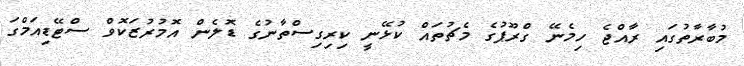
މުބާރާތުގައި ރާއްޖެ ހިމެނޭ ގްރޫޕުގެ މެޗުތައް ކުޅޭނީ ކިރިގިސްތާނުގެ ޑޮލެން އޮމުރުޒަކޮވް ސްޓޭޑިއަމްގަ